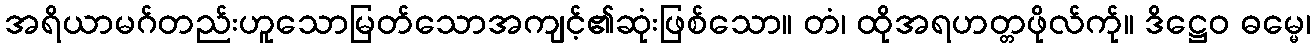
အရိယာမဂ်တည်းဟူသောမြတ်သောအကျင့်၏ဆုံးဖြစ်သော။ တံ၊ ထိုအရဟတ္တဖိုလ်က်ု။ ဒိဋ္ဌေဝ ဓမ္မေ၊